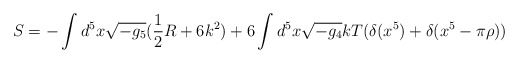
\begin{align*}S= -\int d^5 x \sqrt{-g_5} (\frac{1}{2}R + 6 k^2)+ 6 \int d^5 x\sqrt{-g_4}k T (\delta(x^5) + \delta(x^5-\pi\rho))\end{align*}